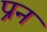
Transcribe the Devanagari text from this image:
प्रन